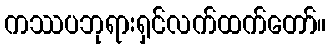
ကဿပဘုရားရှင်လက်ထက်တော်။